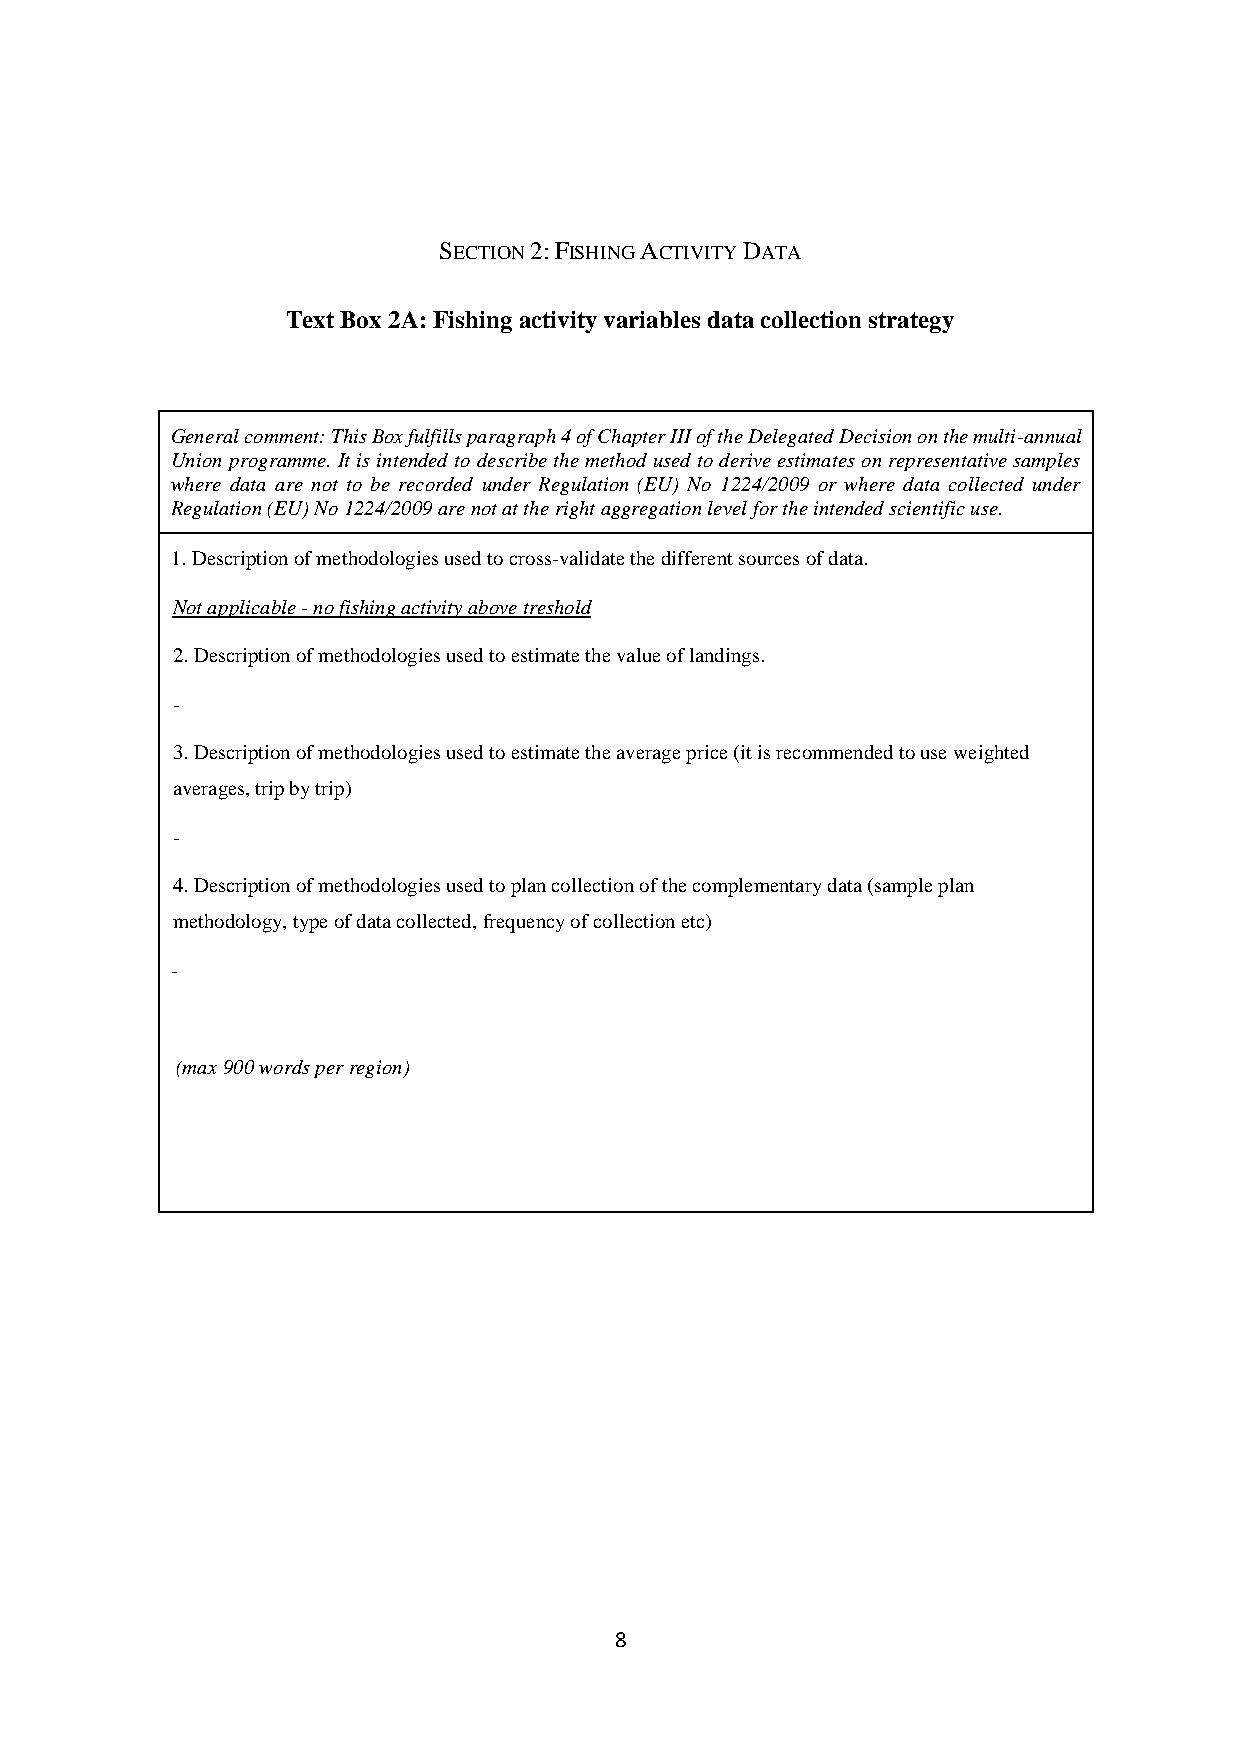
SECTION 2: FISHING ACTIVITY DATA
 Text Box 2A: Fishing activity variables data collection strategy
 General comment: This Box fulfills paragraph 4 of Chapter III of the Delegated Decision on the multi-annual
 Union programme. It is intended to describe the method used to derive estimates on representative samples
 where data are not to be recorded under Regulation (EU) No 1224/2009 or where data collected under
 Regulation (EU) No 1224/2009 are not at the right aggregation level for the intended scientific use.
 1. Description of methodologies used to cross-validate the different sources of data.
 Not applicable - no fishing activity above treshold
 2. Description of methodologies used to estimate the value of landings.
 -
 3. Description of methodologies used to estimate the average price (it is recommended to use weighted
 averages, trip by trip)
 -
 4. Description of methodologies used to plan collection of the complementary data (sample plan
 methodology, type of data collected, frequency of collection etc)
 -
 (max 900 words per region)
 8